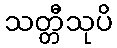
သတ္တီသုပိ